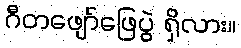
ဂီတဖျော်ဖြေပွဲ ရှိလား။